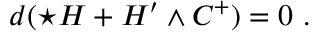
d ( \star H + H ^ { \prime } \wedge C ^ { + } ) = 0 \ .